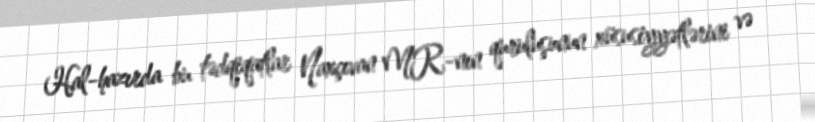
Hal-hazırda bu tədqiqatlar Naxçıvan MR-nın quruluşunun xüsusiyyətlərini və